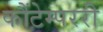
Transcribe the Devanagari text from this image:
कौंटेम्पररी